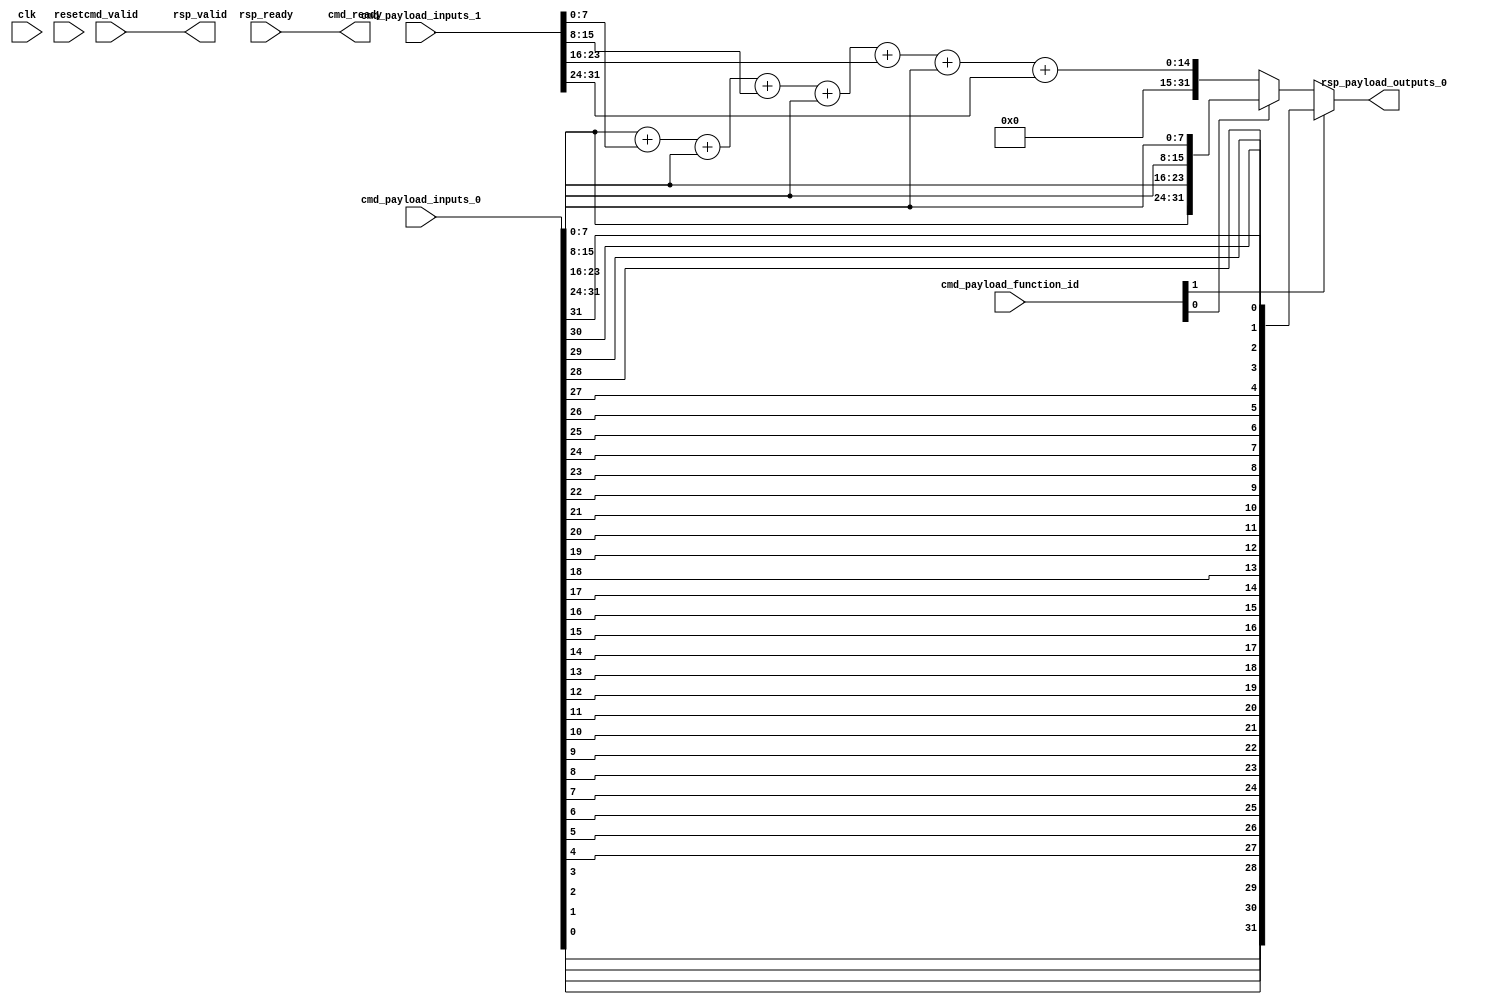
// Copyright 2021 The CFU-Playground Authors
//
// Licensed under the Apache License, Version 2.0 (the "License");
// you may not use this file except in compliance with the License.
// You may obtain a copy of the License at
//
//      http://www.apache.org/licenses/LICENSE-2.0
//
// Unless required by applicable law or agreed to in writing, software
// distributed under the License is distributed on an "AS IS" BASIS,
// WITHOUT WARRANTIES OR CONDITIONS OF ANY KIND, either express or implied.
// See the License for the specific language governing permissions and
// limitations under the License.



module Cfu (
  input               cmd_valid,
  output              cmd_ready,
  input      [2:0]    cmd_payload_function_id,
  input      [31:0]   cmd_payload_inputs_0,
  input      [31:0]   cmd_payload_inputs_1,
  output              rsp_valid,
  input               rsp_ready,
  output     [31:0]   rsp_payload_outputs_0,
  input               clk,
  input               reset
);

  assign rsp_valid = cmd_valid;
  assign cmd_ready = rsp_ready;

  //  byte sum (unsigned)
  wire [31:0] cfu0;
  assign cfu0[31:0] =  cmd_payload_inputs_0[7:0]   + cmd_payload_inputs_1[7:0] +
                       cmd_payload_inputs_0[15:8]  + cmd_payload_inputs_1[15:8] +
                       cmd_payload_inputs_0[23:16] + cmd_payload_inputs_1[23:16] +
                       cmd_payload_inputs_0[31:24] + cmd_payload_inputs_1[31:24];

  // byte swap
  wire [31:0] cfu1;
  assign cfu1[31:24] =     cmd_payload_inputs_0[7:0];
  assign cfu1[23:16] =     cmd_payload_inputs_0[15:8];
  assign cfu1[15:8] =      cmd_payload_inputs_0[23:16];
  assign cfu1[7:0] =       cmd_payload_inputs_0[31:24];

  // bit reverse
  wire [31:0] cfu2;
  genvar n;
  generate
      for (n=0; n<32; n=n+1) begin
          assign cfu2[n] =     cmd_payload_inputs_0[31-n];
      end
  endgenerate


  // select output
  assign rsp_payload_outputs_0 = cmd_payload_function_id[1] ? cfu2 :
                                      ( cmd_payload_function_id[0] ? cfu1 : cfu0);


endmodule